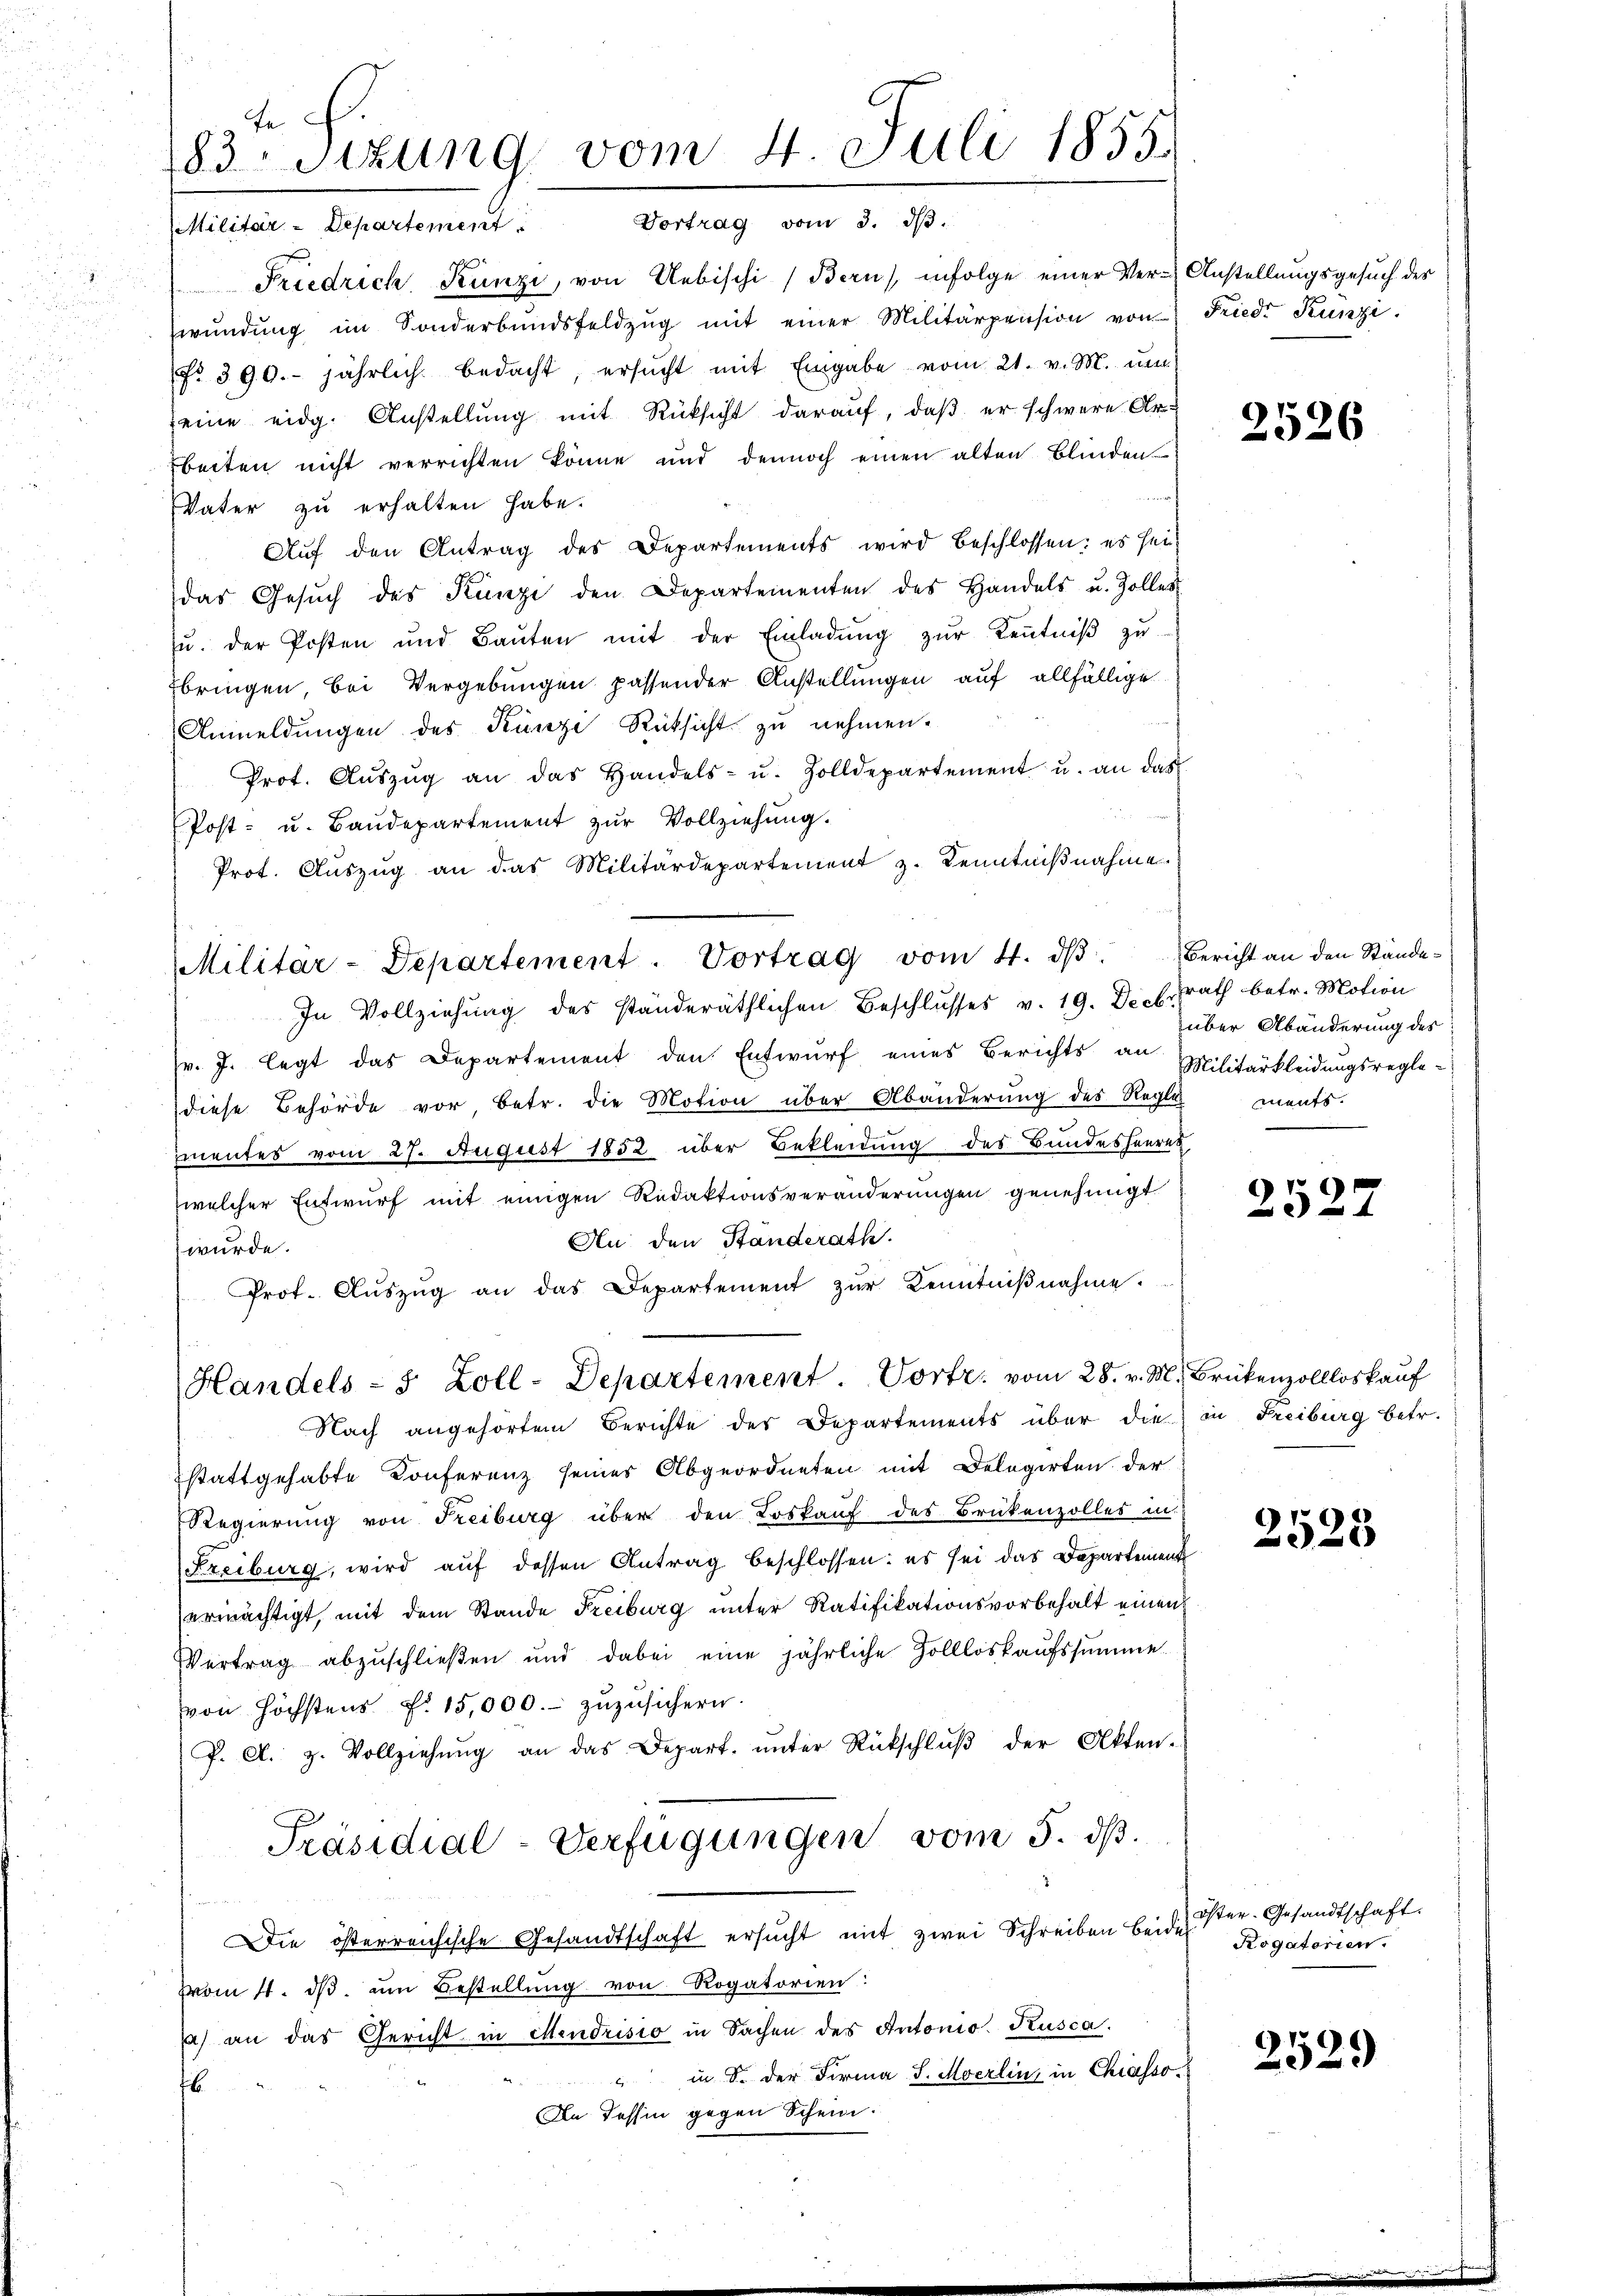
te.
183. Sitzung vom 4. Juli 1855.
Militär-Departement. Vortrag vom 3. dβ.

Friedrich, Künzi, von Uebischi (Bern, infolge einer Ver-Anstellungsgesuch des
wŭndŭng im Sonderbŭndsfeldzŭg mit einer Militärpension von Fried. Kunzi
No. 390. jährlich bedacht, ersŭcht mit Eingabe vom 21. v. M. um
seine eidg. Anstellung mit Rüksicht darauf, daß er schwere Ar-
beiten nicht verrichten könne und dennoch einen alten Blinden
Vater zu erhalten habe.
Auf den Antrag des Departements wird beschlossen: es seidas Gesŭch des Kanze den Departementen des Handels u. Zolles
ŭ. der Posten und Baŭten mit der Einladŭng zŭr Keṅtniβ zŭ
Ebringen, bei Vergebungen passender Anstellungen auf allfällige
Anmeldungen des Künzi Rücksicht zu nehmen.
Prot. Aŭszŭg an das Handels- u. Zolldepartement u. an das
Post- u. Baŭdepartement zŭr Vollziehŭng.
Prot. Aŭszŭg an das Militärdepartement z. Kenntniβnahme.
In Vollziehung des ständeräthlichen Beschlusses v. 19. Decbrath betr. Motion
r. J. legt das Departement den Entwŭrf eines Berichts an Militärkleidŭngsregle-
diese Behörde vor betr. die Motion über Abänderung des Regle
mentes vom 27. August 1852 über Bekleidung des Bundesheeren,
welcher Entwurf mit einigen Redaktionsveränderungen genehmigt
Au den Ständerath.
wurde.
Prot. Aŭszŭg an das Departement zŭr Kenntniβnahme.
Handels- & Zoll-Departement. Vortr. vom 28. v. M. Brükenzollloskauf
Nach angehörtem Berichte des Departements über die in Freiburg betr.
stattgehabte Conferenz seines Abgeordneten mit Delegirten der
Regierung von Freiburg über den Loskauf des Brükenzolles in
Freiburg, wird auf dessen Antrag beschlossen: es sei das Departement
ermächtigt, mit dem Stande Freiburg unter Ratifikationsvorbehalt einen
Vertrag abzuschlieβen und dabei eine jährliche Zollloskaufssumme
von höchstens d. 15,000.- zŭzŭsichern.
P. A. H. Vollziehŭng an das Depart. ŭnter Rückschlŭβ der Akten-
Präsidial-Verfügungen vom 5. ds.
Die österreichische Gesandtschaft ersucht mit zwei Schreiben beide
vom 11. dβ. um Bestellung von Rogatorien:
a) an das Gericht in Mendrisio in Sachen des Antonio. Kusca.
 in d. der Firma J. Moerlin, in Chiasso¬
16
In Tessin gegen Schein.

Militar-Departement. Vortrag vom 4. dβ. Bericht an den Stande-

2526

über Abänderung des
ments.

252.

2523

Öster- Gesandtschaft.
Rogatorien.

.
2329